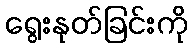
ရွေးနုတ်ခြင်းကို